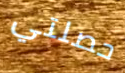
حصلتي